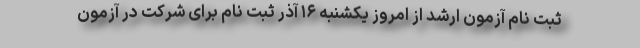
ثبت نام آزمون ارشد از امروز یکشنبه ۱۶ آذر ثبت نام برای شرکت در آزمون